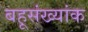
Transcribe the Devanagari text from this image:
बहूसंख्यांक